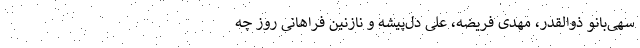
سهی‌بانو ذوالقدر، مهدی فریضه، علی دل‌پیشه و نازنین فراهانی روز چه